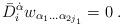
LaTeX: \begin{align*} \bar D_i^{\dot\alpha} w_{\alpha_1\ldots\alpha_{2j_1}}=0\;.\end{align*}